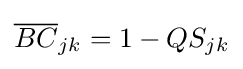
{\overline {BC}}_{jk}=1-QS_{jk}